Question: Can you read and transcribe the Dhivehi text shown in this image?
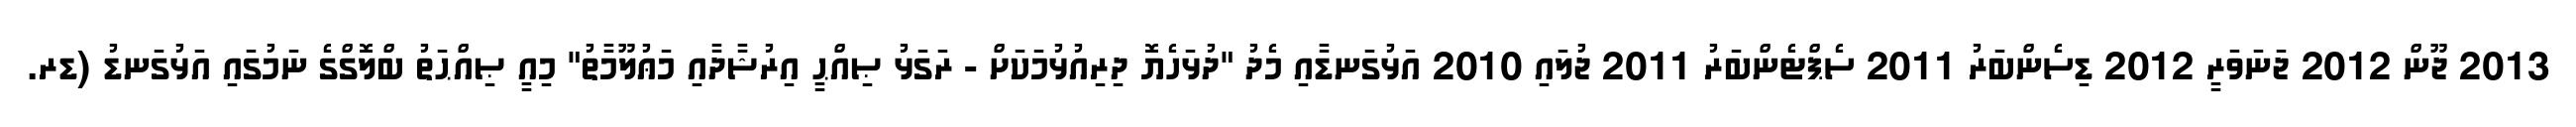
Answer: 2013 ޖޫން 2012 ޖަނަވަރީ 2012 ޑިސެންބަރު 2011 ސެޕްޓެންބަރު 2011 ޖުލައި 2010 އަޅުގަނޑާއި މެދު "ދުޅަހެޔޮ ދިރިއުޅުމަކަށް - ރަގަޅު ޞިއްޙީ އިރުޝާދާއި މަޢުލޫމާތު" މިއީ ޞިއްޙަތު ބްލޮގްގެ ނަމުގައި އަޅުގަނޑު (ޑރ.